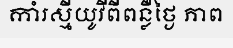
កាំរស្មីយូវីពីពន្លឺថ្ងៃ ភាព